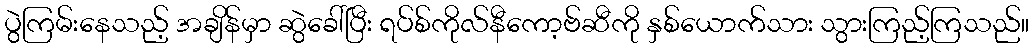
ပွဲကြမ်းနေသည့် အချိန်မှာ ဆွဲခေါ်ပြီး ရပ်စ်ကိုလ်နီကော့ဗ်ဆီကို နှစ်ယောက်သား သွားကြည့်ကြသည်။